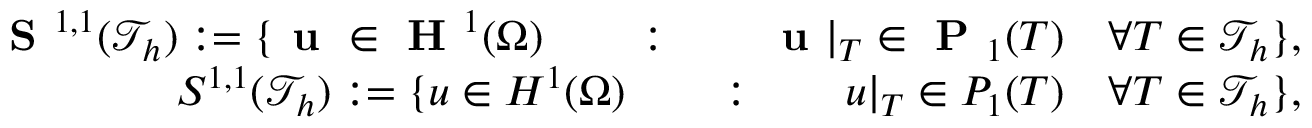
\begin{array} { r } { \textbf { S } ^ { 1 , 1 } ( \mathcal { T } _ { h } ) : = \{ \textbf { u } \in \textbf { H } ^ { 1 } ( \Omega ) \qquad : \qquad \textbf { u } | _ { T } \in \textbf { P } _ { 1 } ( T ) \quad \forall T \in \mathcal { T } _ { h } \} , } \\ { S ^ { 1 , 1 } ( \mathcal { T } _ { h } ) : = \{ u \in H ^ { 1 } ( \Omega ) \qquad : \qquad u | _ { T } \in P _ { 1 } ( T ) \quad \forall T \in \mathcal { T } _ { h } \} , } \end{array}